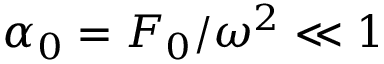
\alpha _ { 0 } = F _ { 0 } / \omega ^ { 2 } \ll 1